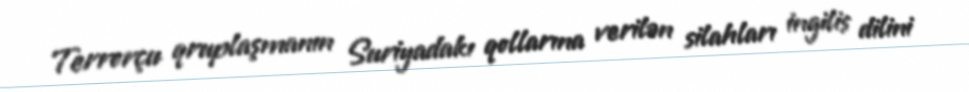
Terrorçu qruplaşmanın Suriyadakı qollarına verilən silahları ingilis dilini